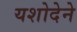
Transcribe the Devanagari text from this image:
यशोदेने